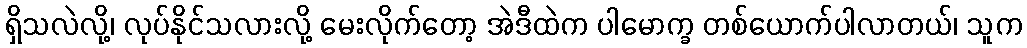
ရှိသလဲလို့၊ လုပ်နိုင်သလားလို့ မေးလိုက်တော့ အဲဒီထဲက ပါမောက္ခ တစ်ယောက်ပါလာတယ်၊ သူက